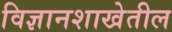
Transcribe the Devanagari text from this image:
विज्ञानशाखेतील